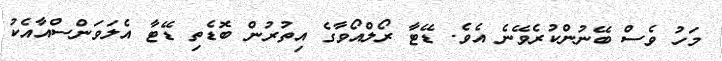
މަހު ވެސް ބޭނުންކުރެވޭނެ އެވެ. ޑޭޓާ ރޯލްއޯވާގެ އިތުރުން ބޮޑެތި ޑޭޓާ އެލަވަންސްއާއެކު